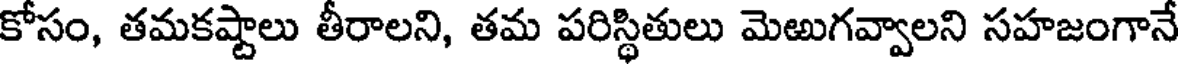
కోసం, తమకష్టాలు తీరాలని, తమ పరిస్థితులు మెఱుగవ్వాలని సహజంగానే